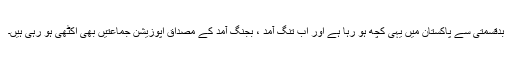
بدقسمتی سے پاکستان میں یہی کچھ ہو رہا ہے اور اب تنگ آمد ، بجنگ آمد کے مصداق اپوزیشن جماعتیں بھی اکٹھی ہو رہی ہیں۔